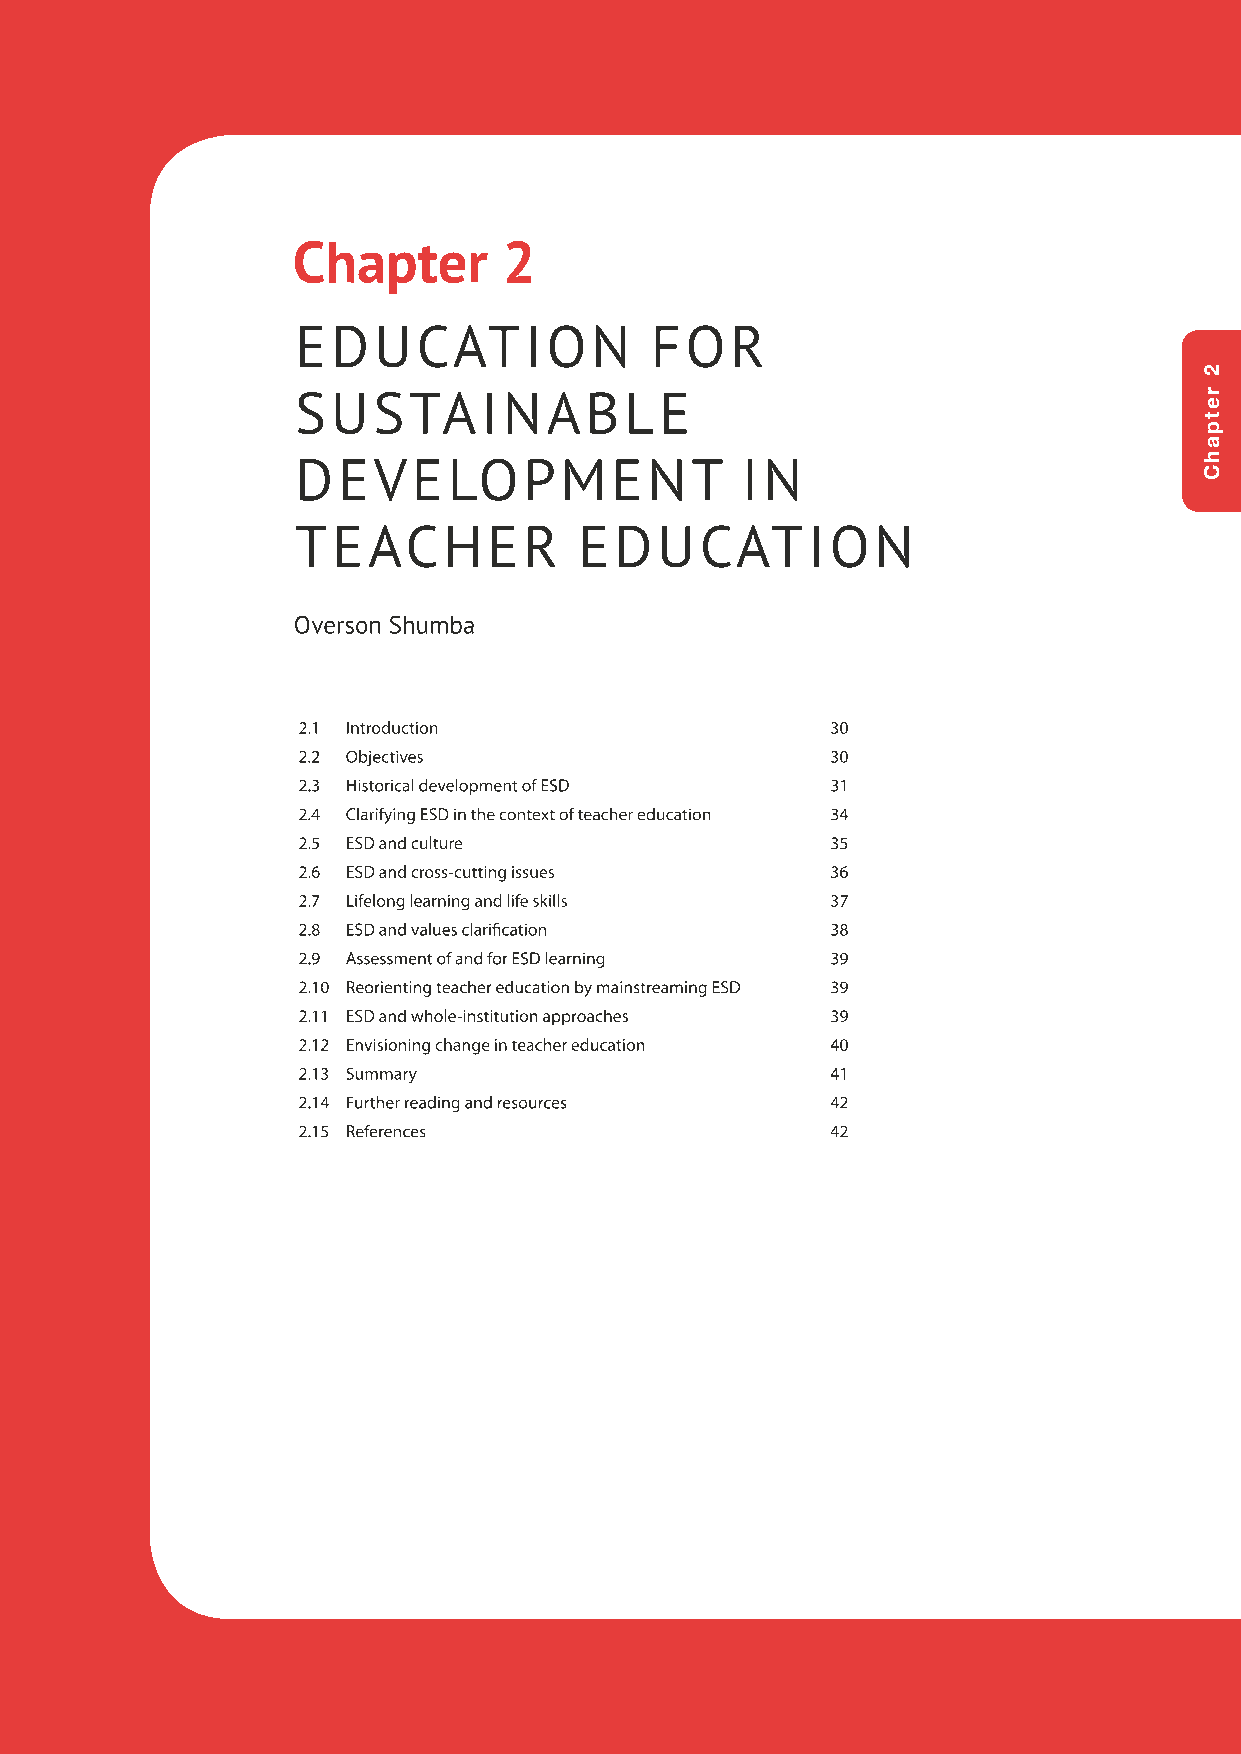
Chapter       2
 EDUCATION              FOR
 SSUUSSTTAAIINNAABBLLEE
 DDEEVVEELLOOPPMMEENNTT       IINN
 TTEEAACCHHEERR    EEDDUUCCAATTIIOONN
 OOvveerrssoonn SShhuummbbaa
 22..11 IInnttrroodduuccttiioonn    3300
 22..22 OObbjjeeccttiivveess        3300
 22..33 HHiissttoorriiccaall ddeevveellooppmmeenntt ooff EESSDD 3311
 22..44 CCllaarriiffyyiinngg EESSDD iinn tthhee ccoonntteexxtt ooff tteeaacchheerr eedduuccaattiioonn 3344
 22..55 EESSDD aanndd ccuullttuurree 3355
 22..66 EESSDD aanndd ccrroossss--ccuuttttiinngg iissssuueess 3366
 22..77 LLiiffeelloonngg lleeaarrnniinngg aanndd lliiffee sskkiillllss 3377
 22..88 EESSDD aanndd vvaalluueess ccllaarriifificcaattiioonn 3388
 22..99 AAsssseessssmmeenntt ooff aanndd ffoorr EESSDD lleeaarrnniinngg 3399
 22..1100 RReeoorriieennttiinngg tteeaacchheerr eedduuccaattiioonn bbyy mmaaiinnssttrreeaammiinngg EESSDD 3399
 22..1111 EESSDD aanndd wwhhoollee--iinnssttiittuuttiioonn aapppprrooaacchheess 3399
 22..1122 EEnnvviissiioonniinngg cchhaannggee iinn tteeaacchheerr eedduuccaattiioonn 4400
 22..1133 SSuummmmaarryy            4411
 22..1144 FFuurrtthheerr rreeaaddiinngg aanndd rreessoouurrcceess 4422
 22..1155 RReeffeerreenncceess      4422
 2
 retpahC